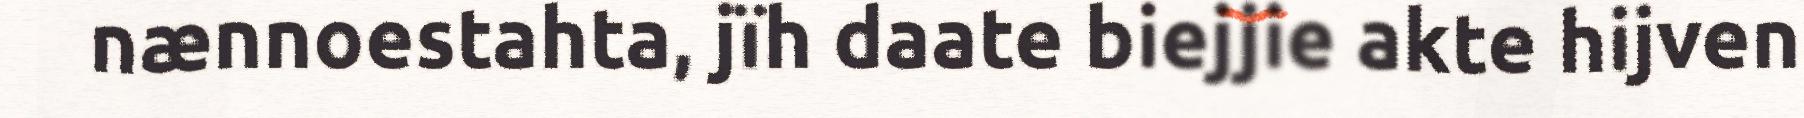
nænnoestahta, jïh daate biejjie akte hijven